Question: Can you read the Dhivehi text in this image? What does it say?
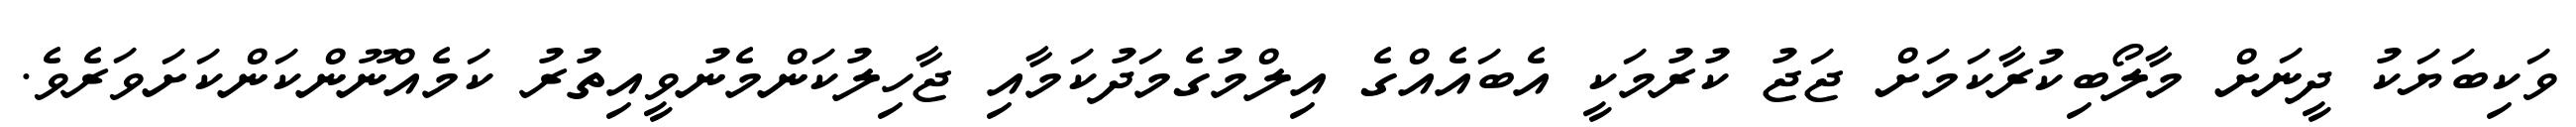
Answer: ވަކިބަޔަކު ދީނަށް މާލޯބިކުރާކަމަށް ޖަޖު ކުރުމަކީ އެބައެއްގެ އިލްމުގެމަދުކަމާއި ޖާހިލުކަންމެނުވީއިތުރު ކަމެއްނޫންކަންކަށަވަރެވެ.